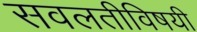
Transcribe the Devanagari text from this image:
सवलतीविषयी